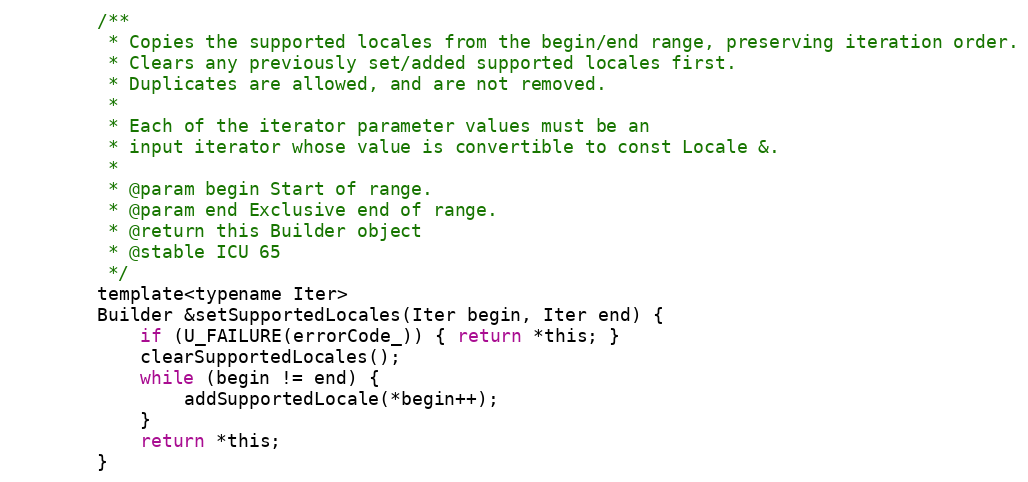
Language: C
        /**
         * Copies the supported locales from the begin/end range, preserving iteration order.
         * Clears any previously set/added supported locales first.
         * Duplicates are allowed, and are not removed.
         *
         * Each of the iterator parameter values must be an
         * input iterator whose value is convertible to const Locale &.
         *
         * @param begin Start of range.
         * @param end Exclusive end of range.
         * @return this Builder object
         * @stable ICU 65
         */
        template<typename Iter>
        Builder &setSupportedLocales(Iter begin, Iter end) {
            if (U_FAILURE(errorCode_)) { return *this; }
            clearSupportedLocales();
            while (begin != end) {
                addSupportedLocale(*begin++);
            }
            return *this;
        }